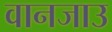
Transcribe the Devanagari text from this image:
वानजाउ